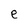
Character: e